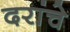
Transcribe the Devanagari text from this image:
दरांचे